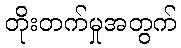
တိုးတက်မှုအတွက်